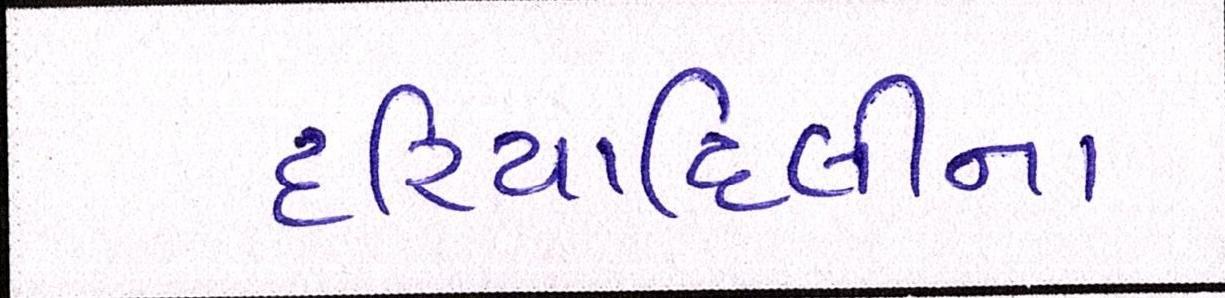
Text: દરિયાદિલીના